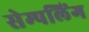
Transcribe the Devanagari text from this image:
सेम्पलिंग